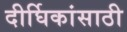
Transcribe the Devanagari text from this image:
दीर्घिकांसाठी